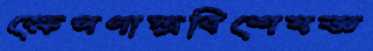
ক্ষেপণাস্ত্রবিশেষজ্ঞ